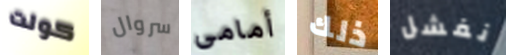
كولت سروال أمامى ذلك نفشل